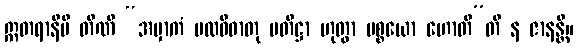
ဣတရာနိပိ တီဏိ “အမှာကံ ပထဝီဓာတု ပတိဋ္ဌာ ဟုတွာ ပစ္စယော ဟောတီ”တိ န ဇာနန္တိ။